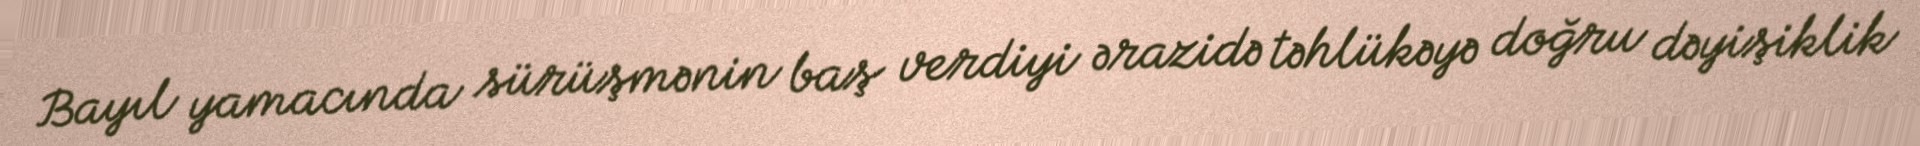
Bayıl yamacında sürüşmənin baş verdiyi ərazidə təhlükəyə doğru dəyişiklik